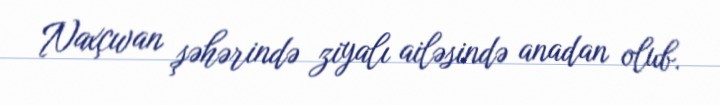
Naxçıvan şəhərində ziyalı ailəsində anadan olub.